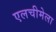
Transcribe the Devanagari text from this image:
एलचीमेला